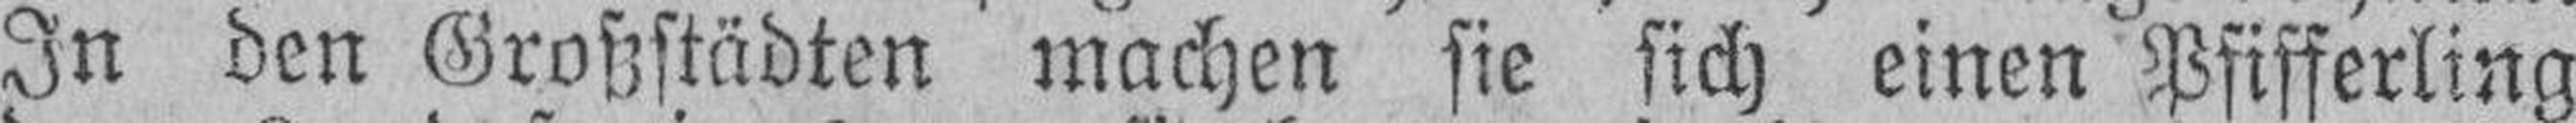
In den Großstädten machen sie sich einen Pfifferling